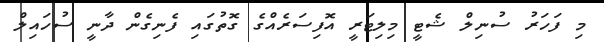
މި ފަހަރު ސުނިލް ޝެޓީ މިލިޓަރީ އޮފިސަރެއްގެ ގޮތުގައި ފެނިގެން ދާނީ ސުހައިލް